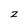
Character: z